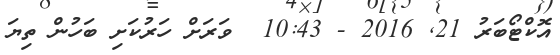
އޮކްޓޯބަރު 21